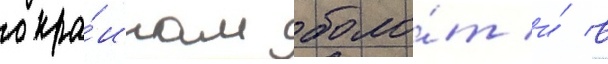
окра́инам боло́т и́ в